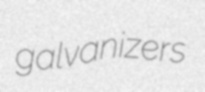
galvanizers